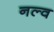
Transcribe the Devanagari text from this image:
नल्व